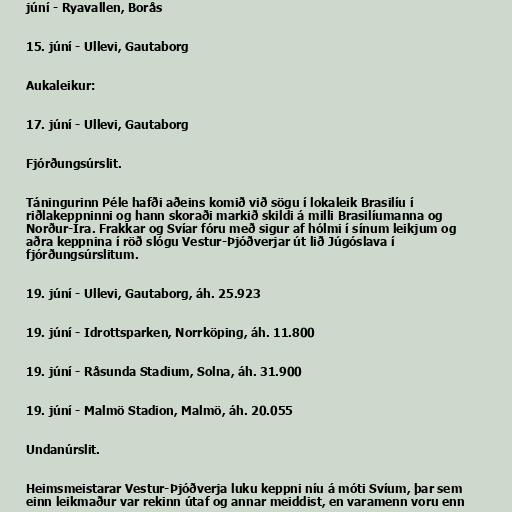
júní - Ryavallen, Borås

15. júní - Ullevi, Gautaborg

Aukaleikur:

17. júní - Ullevi, Gautaborg

Fjórðungsúrslit.

Táningurinn Péle hafði aðeins komið við sögu í lokaleik Brasilíu í
riðlakeppninni og hann skoraði markið skildi á milli Brasilíumanna og
Norður-Íra. Frakkar og Svíar fóru með sigur af hólmi í sínum leikjum og
aðra keppnina í röð slógu Vestur-Þjóðverjar út lið Júgóslava í
fjórðungsúrslitum.

19. júní - Ullevi, Gautaborg, áh. 25.923

19. júní - Idrottsparken, Norrköping, áh. 11.800

19. júní - Råsunda Stadium, Solna, áh. 31.900

19. júní - Malmö Stadion, Malmö, áh. 20.055

Undanúrslit.

Heimsmeistarar Vestur-Þjóðverja luku keppni níu á móti Svíum, þar sem
einn leikmaður var rekinn útaf og annar meiddist, en varamenn voru enn